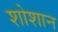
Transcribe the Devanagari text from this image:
शोशान